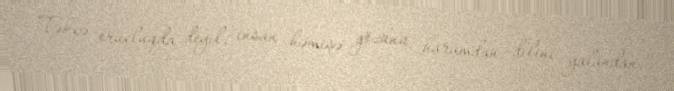
Təkcə orucluqda deyil, insan həmişə gözünü haramdan, dilini yalandan,